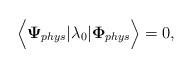
LaTeX: \begin{align*}{\bf \Big<}{\bf\Psi}_{phys}|\lambda_0|{\bf \Phi}_{phys}{\bf \Big>}=0,\end{align*}